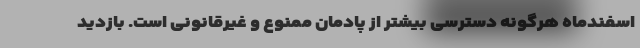
اسفندماه هرگونه دسترسی بیشتر از پادمان ممنوع و غیرقانونی است. بازدید